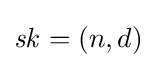
{\mathit {sk}}=(n,d)